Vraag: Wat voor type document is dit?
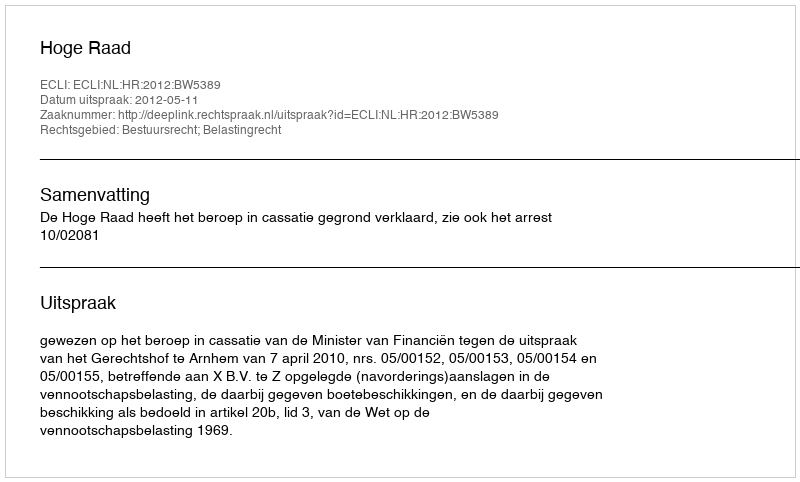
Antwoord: Uitspraak